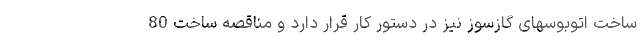
ساخت اتوبوسهای گازسوز نیز در دستور کار قرار دارد و مناقصه ساخت 80